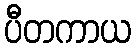
ပီတကာယ